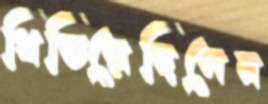
থিতিয়েছিলেন